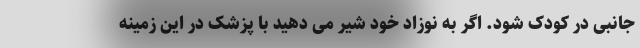
جانبی در کودک شود. اگر به نوزاد خود شیر می دهید با پزشک در این زمینه